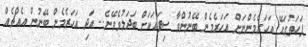
ފަހަތުގައޭ އަހަރެމެންނަށް އަހަރެމެން ބޭނުންވާ ސިފައަކަށް ބަދަލުވެވޭނެ.. އަދި އަހަރެމެން ބޭނުން އެއްޗެއް